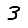
Digit: 3